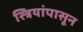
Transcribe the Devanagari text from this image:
स्त्रियांपासून